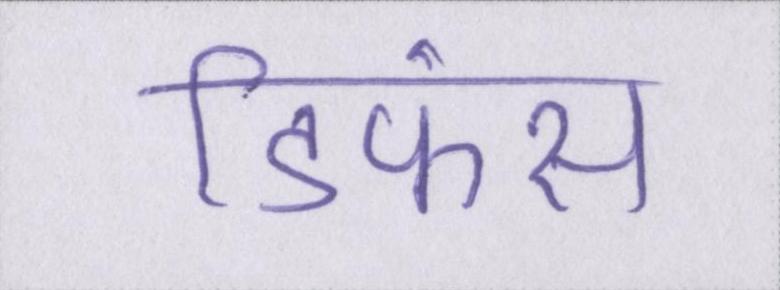
डिफेंस